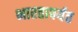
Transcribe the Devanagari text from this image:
भारतापर्यत